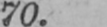
70.